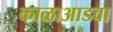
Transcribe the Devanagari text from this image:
काळाआडवा